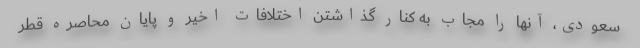
سعودی، آنها را مجاب به کنار گذاشتن اختلافات اخیر و پایان محاصره قطر